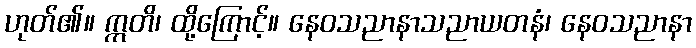
ဟုတ်၏။ ဣတိ၊ ထို့ကြောင့်။ နေဝသညာနာသညာယတနံ၊ နေဝသညာနာ